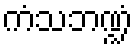
ကံသဘဏ္ဍံ